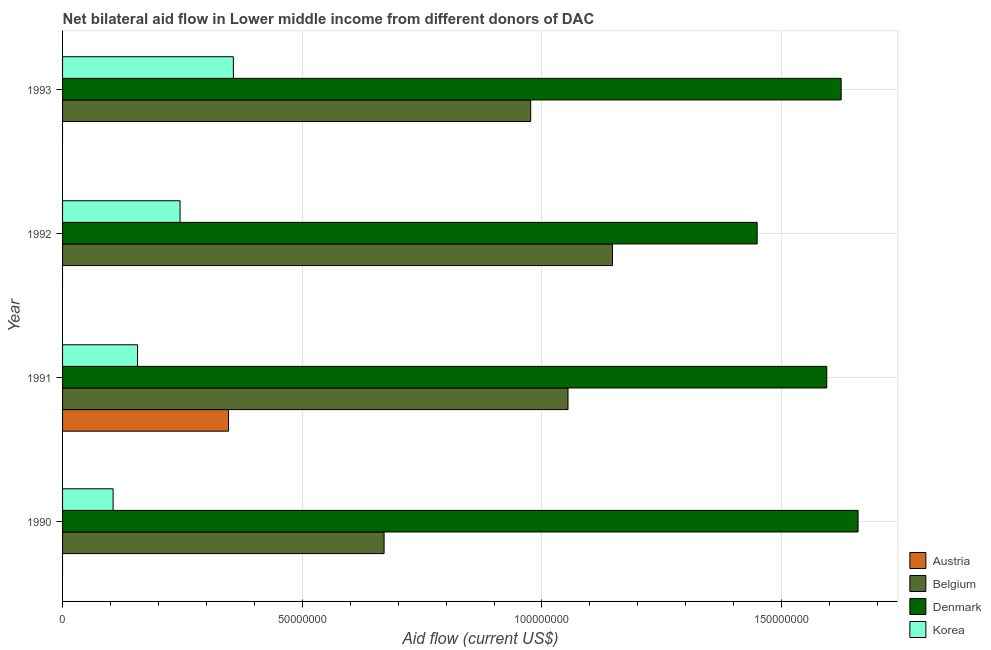
| Year | Austria | Belgium | Denmark | Korea |
 | --- | --- | --- | --- | --- |
 | 1990 | -9.61e+06 | 6.71e+07 | 1.66e+08 | 1.05e+07 |
 | 1991 | 3.46e+07 | 1.05e+08 | 1.59e+08 | 1.56e+07 |
 | 1992 | -3.78e+07 | 1.15e+08 | 1.45e+08 | 2.45e+07 |
 | 1993 | -1.51e+07 | 9.76e+07 | 1.62e+08 | 3.56e+07 |